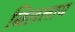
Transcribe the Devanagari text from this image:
बिललाय